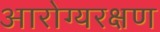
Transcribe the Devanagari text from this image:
आरोग्यरक्षण